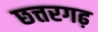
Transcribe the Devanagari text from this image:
छत्तरगढ़